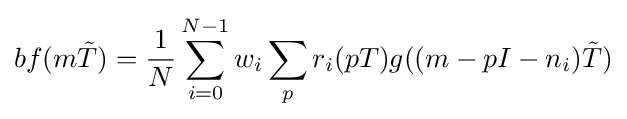
bf(m{\tilde {T}})={\frac {1}{N}}\sum _{i=0}^{N-1}w_{i}\sum _{p}r_{i}(pT)g((m-pI-n_{i}){\tilde {T}})